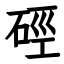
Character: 硜